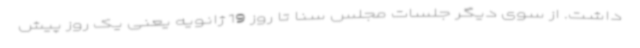
داشت. از سوی دیگر جلسات مجلس سنا تا روز 19 ژانویه یعنی یک روز پیش